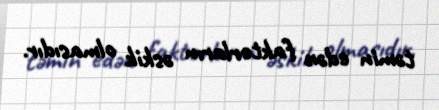
təmin edən faktorların əskik olmasıdır.